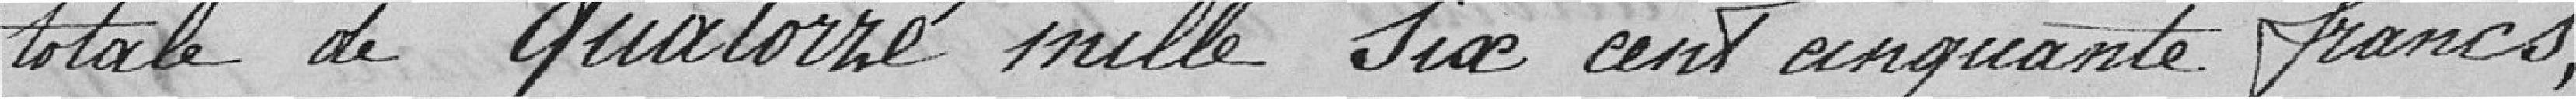
totale de quatorze mille six cent cinquante francs,